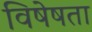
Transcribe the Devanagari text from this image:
विषेषता